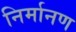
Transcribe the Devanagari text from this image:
निर्मानण